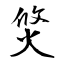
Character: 焂